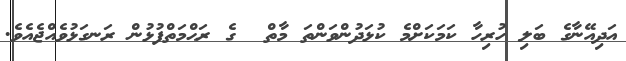
އަދިއޭނާގެ ބަލި ހުރިހާ ކަމަކަށްމެ ކުޅަދުންވަންތަ މާތް  ގެ ރަޙްމަތްފުޅުން ރަނގަޅުވެއްޖެއެވެ.